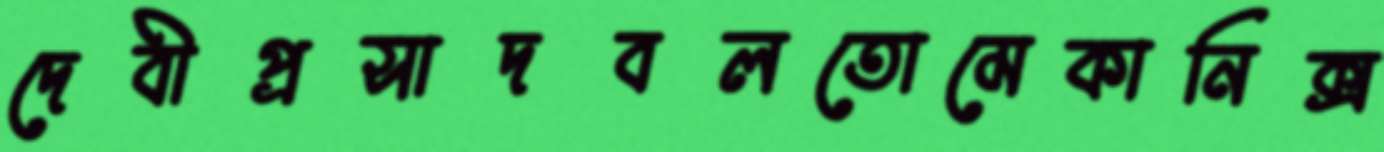
দেবীপ্রসাদবলতোমেকানিক্স